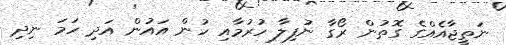
ނަތީޖާއެއްގެ ގޮތުން ރޯގާ ނުފިލާ ހުރުމާއި ހުން އައުން އަދި ހަމަ ނިދި